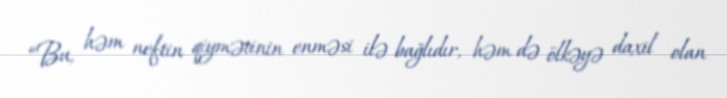
“Bu, həm neftin qiymətinin enməsi ilə bağlıdır, həm də ölkəyə daxil olan